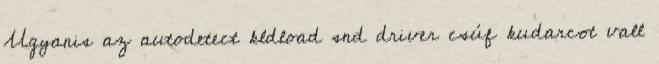
Ugyanis az autodetect kldload snd driver csúf kudarcot vall